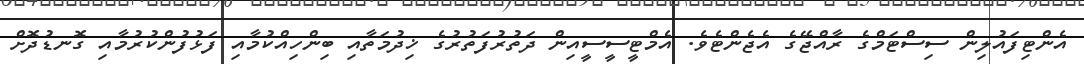
އެންޓިފައުލިން ސިސްޓަމްގެ ރާއްޖޭގެ އެޖެންޓެވެ. އެމްޓީސީސީއިން ދަތުރުފަތުރުގެ ޚިދުމަތާއި ބިންހިއްކުމާއި ފަޅުފުންކުރުމާއި ގޮނޑުދޮށް